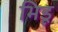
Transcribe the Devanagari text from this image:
भिडू